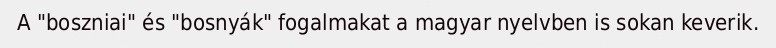
A "boszniai" és "bosnyák" fogalmakat a magyar nyelvben is sokan keverik.